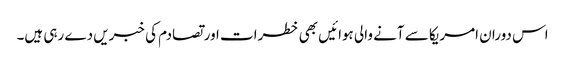
اس دوران امریکا سے آنے والی ہوائیں بھی خطرات اور تصادم کی خبریں دے رہی ہیں۔